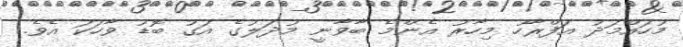
މުހައްމަދު އަފްރާހު މިހާރު އެންމެ ބާވާނީ މުދަލުގެ އަގު ބޮޑު ވާހަކަ އެވެ.